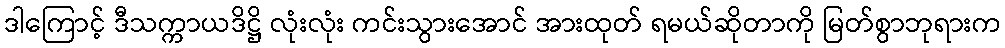
ဒါကြောင့် ဒီသက္ကာယဒိဋ္ဌိ လုံးလုံး ကင်းသွားအောင် အားထုတ် ရမယ်ဆိုတာကို မြတ်စွာဘုရားက